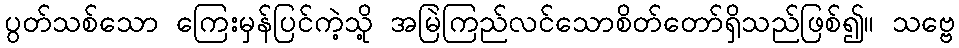
ပွတ်သစ်သော ကြေးမှန်ပြင်ကဲ့သို့ အမြဲကြည်လင်သောစိတ်တော်ရှိသည်ဖြစ်၍။ သဗ္ဗေ